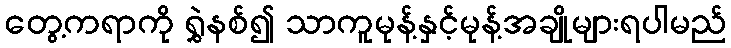
တွေ့ကရာကို ရွှဲနစ်၍ သာကူမုန့်နှင့်မုန့်အချိုများရပါမည်